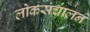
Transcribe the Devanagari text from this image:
लोकसंचालन